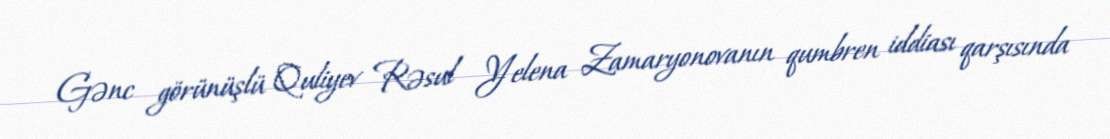
Gənc görünüşlü Quliyev Rəsul Yelena Zamaryonovanın qumbren iddiası qarşısında